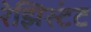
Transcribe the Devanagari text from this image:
रेझिस्टंट